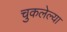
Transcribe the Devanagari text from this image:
चुकलेल्या